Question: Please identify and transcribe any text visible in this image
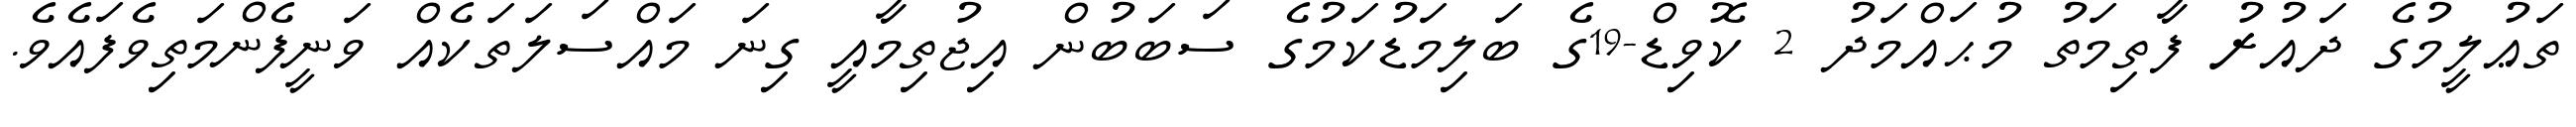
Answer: ތަޢުލީމުގެ ދައުރު ފާތިމަތު މުޙައްމަދު 2 ކޮވިޑް-19ގެ ބަލިމަޑުކަމުގެ ސަބަބުން އިޖުތިމާއީ ގިނަ މައްސަލަތަކެއް ވަނީފެންމަތިވެފައެވެ.